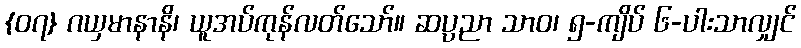
{၀၇} ဂယှမာနာနိ၊ ယူအပ်ကုန်လတ်သော်။ ဆပ္ပညာ သာဝ၊ ၅-ကျိပ် ၆-ပါးသာလျှင်